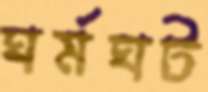
ঘর্মঘট